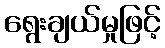
ရွေးချယ်မှုဖြင့်